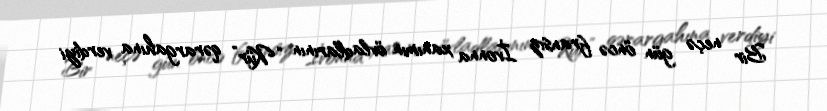
Bir neçə gün öncə fransız İvonna xanımın övladlarının “Kür” qərargahına verdiyi